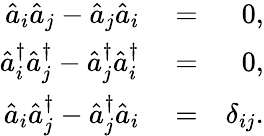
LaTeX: \begin{array}{rlr}{\hat{a}_{i}\hat{a}_{j}-\hat{a}_{j}\hat{a}_{i}}&{{}=}&{0,}\\ {\hat{a}_{i}^{\dagger}\hat{a}_{j}^{\dagger}-\hat{a}_{j}^{\dagger}\hat{a}_{i}^{\dagger}}&{{}=}&{0,}\\ {\hat{a}_{i}\hat{a}_{j}^{\dagger}-\hat{a}_{j}^{\dagger}\hat{a}_{i}}&{{}=}&{\delta_{ij}.}\end{array}